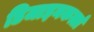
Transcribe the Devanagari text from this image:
डिजाइनकर्त्ता